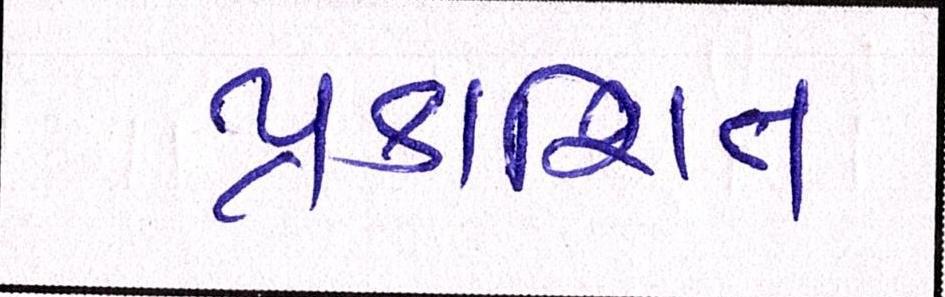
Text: પ્રકાશિત